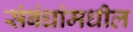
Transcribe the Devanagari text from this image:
संबंधांमधील